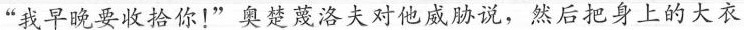
“我早晚要收拾你!”奥楚蔑洛夫对他威胁说，然后把身上的大衣